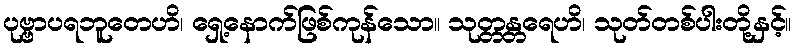
ပုဗ္ဗာပရဘူတေဟိ၊ ရှေ့နောက်ဖြစ်ကုန်သော။ သုတ္တန္တရေဟိ၊ သုတ်တစ်ပါးတို့နှင့်။